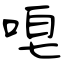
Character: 唣